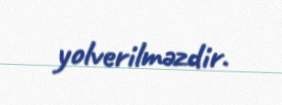
yolverilməzdir.